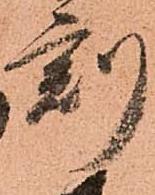
刻